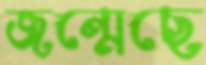
জন্মেছে